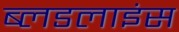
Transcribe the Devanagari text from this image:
ब्लडलाइंस